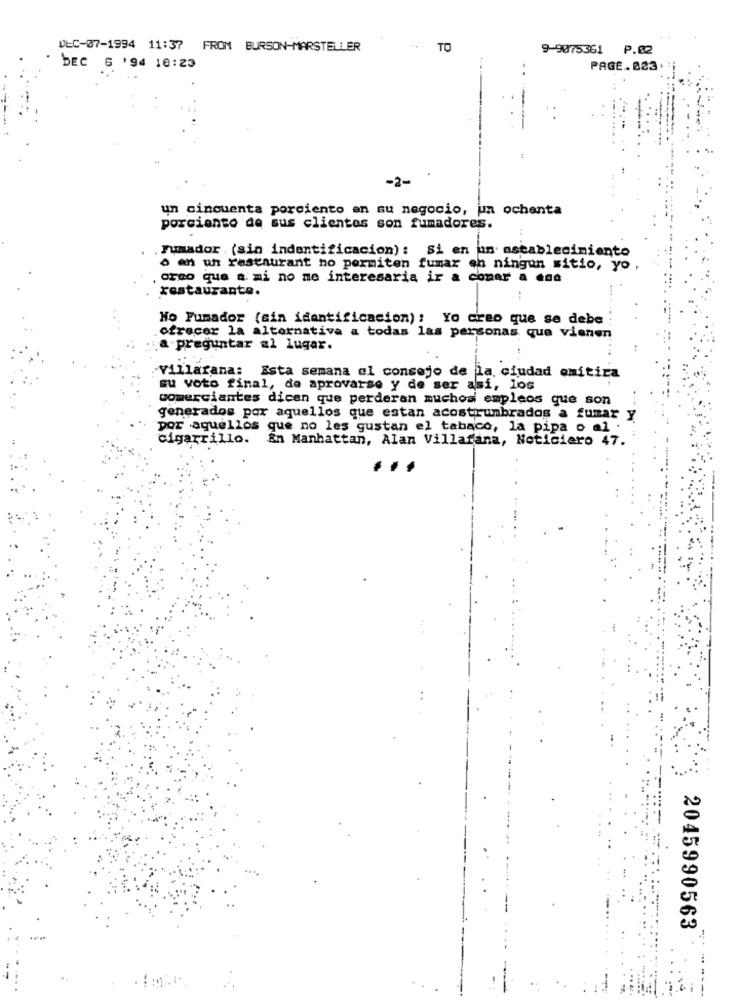
DEC-07-1994 11:37 FROM BURSON-MARSTELLER
TO
9-9075361 P.02
bEC 6 '94 10:23
PAGE. 003
-2-
un cincuenta porciento en su negocio, un ochenta
porciento de sus clientes son fumadores.
.Fumador , (sin indentificacion): Si en un establecimiento
o an un restaurant no permiten fumar ch ningun sitio, yo ,
. creo que a mi no me interesaria ir a comer a cad
restaurante.
No Fumador (sin identificacion) : Yo creo que se debe
ofrecer la alternativa a todas las personas que vienen
a-preguntar al lugar.
Villarana: Esta semana el consejo de la ciudad omitira
su voto final, de aprovarse y de ser así, los
comerciantes dicen que perderan muchos empleos que son
generados por aquellos que estan acostrumbrados a fumar y
por aquellos que no les gustan el tabaco, la pipa o al
cigarrillo. En Manhattan, Alan Villafana, Noticiero 47.
2045990563
.....